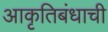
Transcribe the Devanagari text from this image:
आकृतिबंधाची